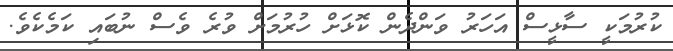
ކުރުމަކީ ސާޅީސް އަހަރު ވަންދެން ކޮޅަށް ހުރުމަށް ވުރެ ވެސް ނުބައި ކަމެކެވެ.